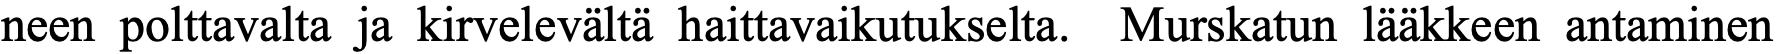
neen polttavalta ja kirvelevältä haittavaikutukselta. Murskatun lääkkeen antaminen